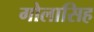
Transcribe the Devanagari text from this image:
गोलासिह